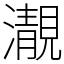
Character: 㵾